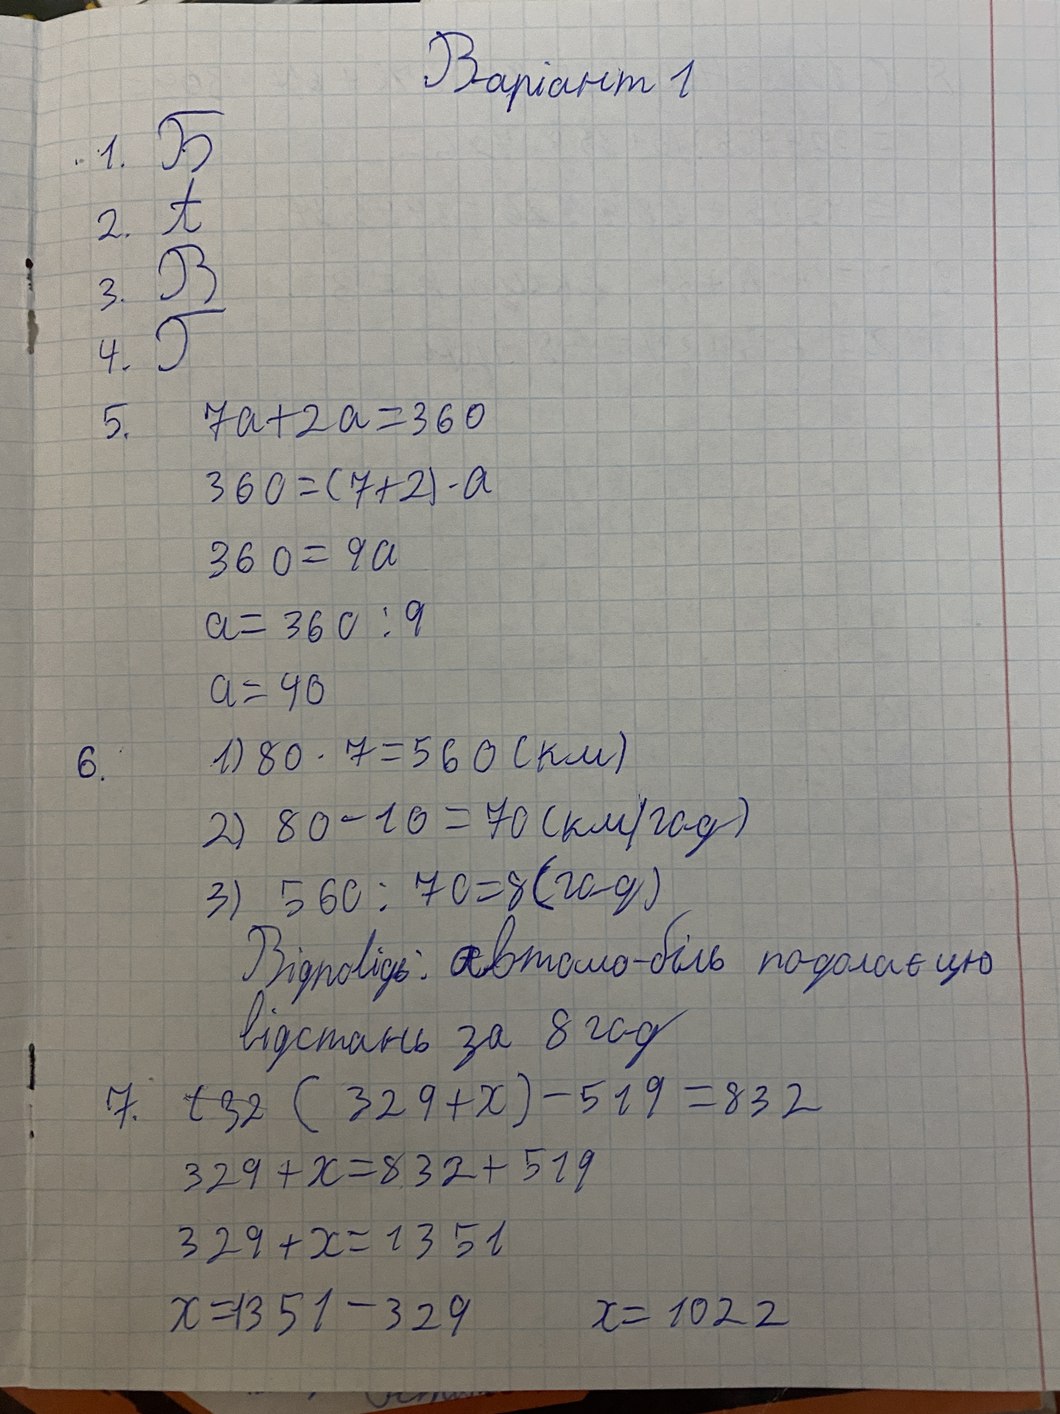
Варіант 1
1. Б
2. А
3. В
4. Г
5.
7a + 2a = 360
360 = (7 + 2) - a
360 = 9a
a = 360 / 9
a = 40
6.
1) 80 * 7 = 560 (км)
2) 80 - 10 = 70 (км/год)
3) 560 / 70 = 8 (год)
Відповідь: автомо-біль подолає цю
відстань за 8 год
7.
~~(32~~(329 + x) - 519 = 832
329 + x = 832 + 519
329 + x = 1351
x = 1351 - 329
x = 1022